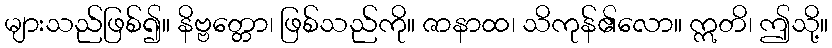
များသည်ဖြစ်၍။ နိဗ္ဗတ္တော၊ ဖြစ်သည်ကို။ ဇာနာထ၊ သိကုန်၏လော။ ဣတိ၊ ဤသို့။